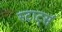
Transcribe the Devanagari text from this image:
स्टार्ट्स